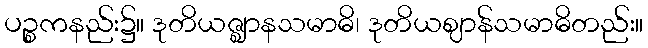
ပဉ္စကနည်း၌။ ဒုတိယဇ္ဈာနသမာဓိ၊ ဒုတိယဈာန်သမာဓိတည်း။